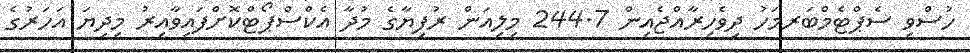
ހުސްވި ސެޕްޓެމްބަރމަހު ދިވެހިރާއްޖެއިން 244.7 މިލިއަން ރުފިޔާގެ މުދާ އެކްސްޕޯޓްކޮށްފައިވާއިރު މިދިޔަ އަހަރުގެ